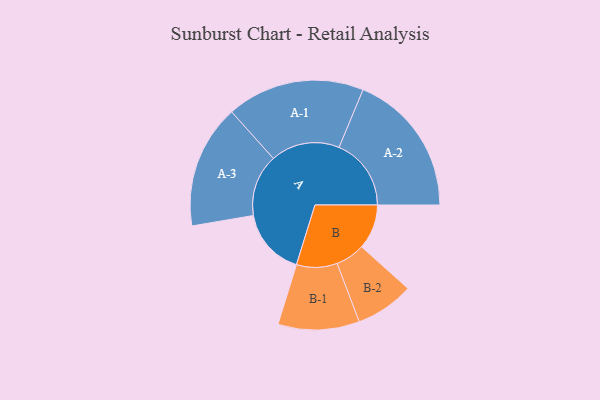
{"axis": {"x": "Segment", "y": "Value"}, "legend": ["", "A", "B"], "data": [{"x": "A", "y": 277, "type": ""}, {"x": "B", "y": 184, "type": ""}, {"x": "A-1", "y": 283, "type": "A"}, {"x": "A-2", "y": 296, "type": "A"}, {"x": "A-3", "y": 254, "type": "A"}, {"x": "B-1", "y": 167, "type": "B"}, {"x": "B-2", "y": 120, "type": "B"}]}